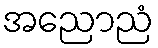
အညောညံ